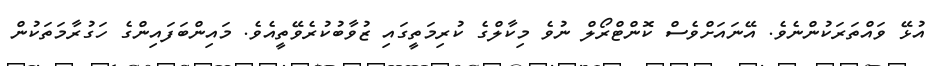
އުޅޭ ވައްތަރަކުންނެވެ. އޭނައަށްވެސް ކޮންޓްރޯލް ނުވެ މިކާލްގެ ކުރިމަތީގައި ޒުވާބުކުރެވޭތީއެވެ. މައިންބަފައިންގެ ހަގުރާމަތަކުން